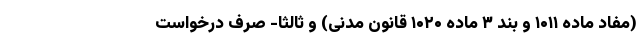
(مفاد ماده ۱۰۱۱ و بند ۳ ماده ۱۰۲۰ قانون مدنی) و ثالثا- صرف درخواست